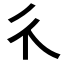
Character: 𱝪